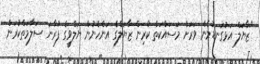
"ޒާޔަލް އަޅުގަނޑުމެން ވަރަށް މަސައްކަތް ކުރިން ޒާޔަލްގެ އަންހެނުން ޔަލްވީގެ ފުރާނަ ސަލާމަތްކުރަން